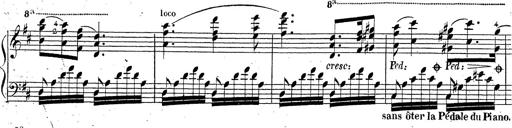
Title: Grande fantaisie sur la tyrolienne de l'opÃ©ra
Composer: Franz Liszt
Key: A major